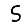
Digit: 5